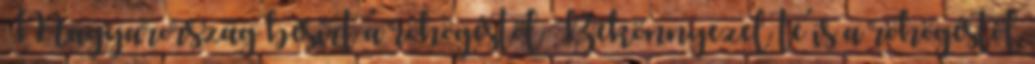
Magyarország besírt a röhögéstől Bekönnyezel te is a röhögéstől